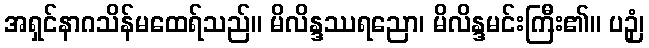
အရှင်နာဂသိန်မထေရ်သည်။ မိလိန္ဒဿရညော၊ မိလိန္ဒမင်းကြီး၏။ ပဉှံ၊